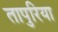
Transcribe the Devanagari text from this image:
तापुरिया